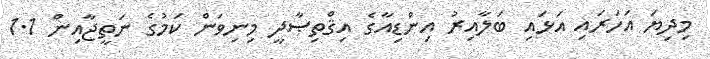
މިދިޔަ އަހަރައި އަޅައި ބަލާއިރު އިންޑިއާގެ އިޤްތިޞާދީ މިނިވަން ކަމުގެ ނަތީޖާއިން 1.1